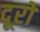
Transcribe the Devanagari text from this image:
दूरों